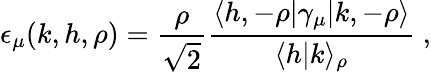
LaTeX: \epsilon_{\mu}(k,h,\rho)={\frac{\rho}{\sqrt{2}}}{\frac{\langle h,-\rho|\gamma_{\mu}|k,-\rho\rangle}{\langle h|k\rangle_{\rho}}}\ ,